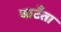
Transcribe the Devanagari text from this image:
बाटँता